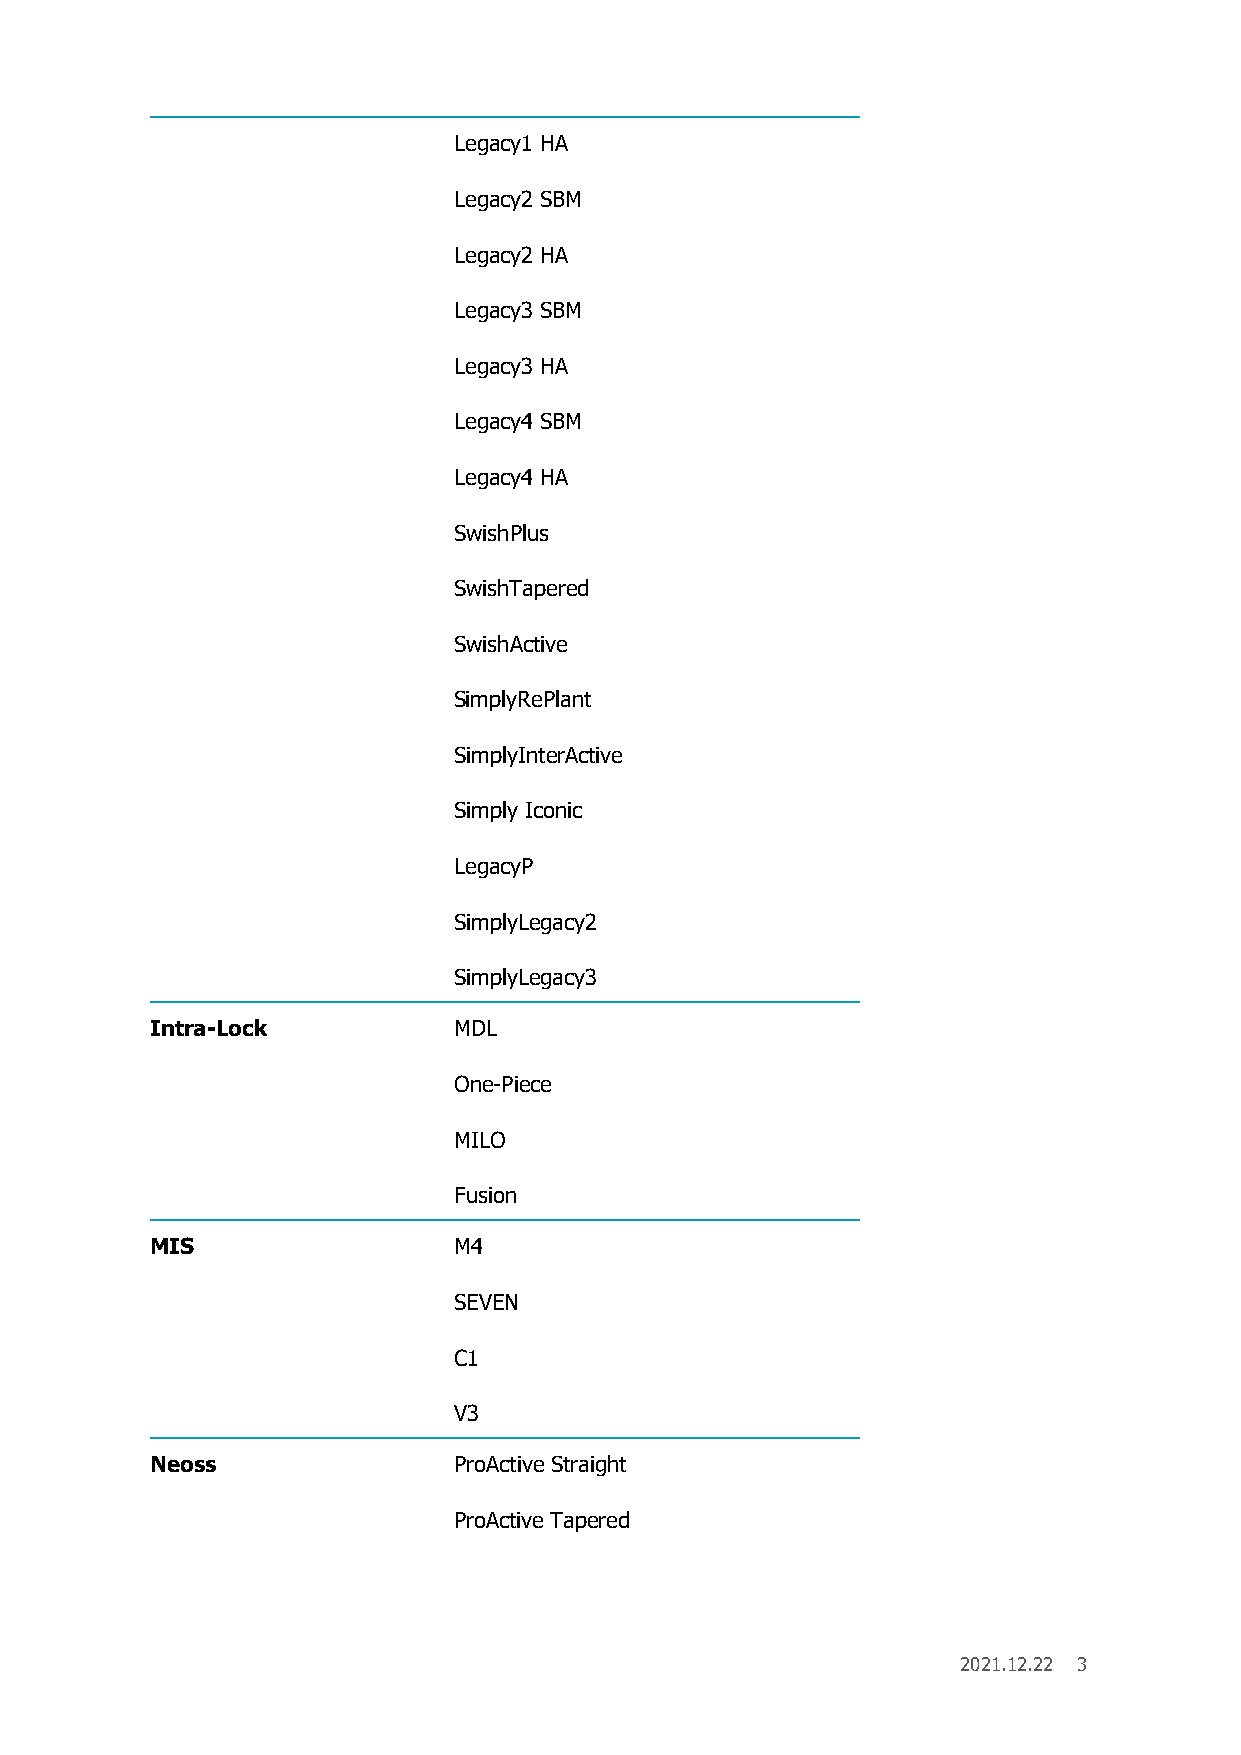
Legacy1 HA
 Legacy2 SBM
 Legacy2 HA
 Legacy3 SBM
 Legacy3 HA
 Legacy4 SBM
 Legacy4 HA
 SwishPlus
 SwishTapered
 SwishActive
 SimplyRePlant
 SimplyInterActive
 Simply Iconic
 LegacyP
 SimplyLegacy2
 SimplyLegacy3
 Intra-Lock          MDL
 One-Piece
 MILO
 Fusion
 MIS                 M4
 SEVEN
 C1
 V3
 Neoss               ProActive Straight
 ProActive Tapered
 2021.12.22 3